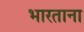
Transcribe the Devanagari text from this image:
भारताना